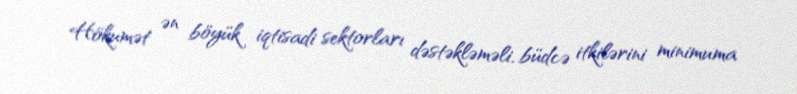
Hökumət ən böyük iqtisadi sektorları dəstəkləməli, büdcə itkilərini minimuma